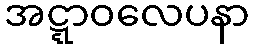
အဋ္ဋာဝလေပနာ